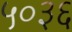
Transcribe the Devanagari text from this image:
५०३६